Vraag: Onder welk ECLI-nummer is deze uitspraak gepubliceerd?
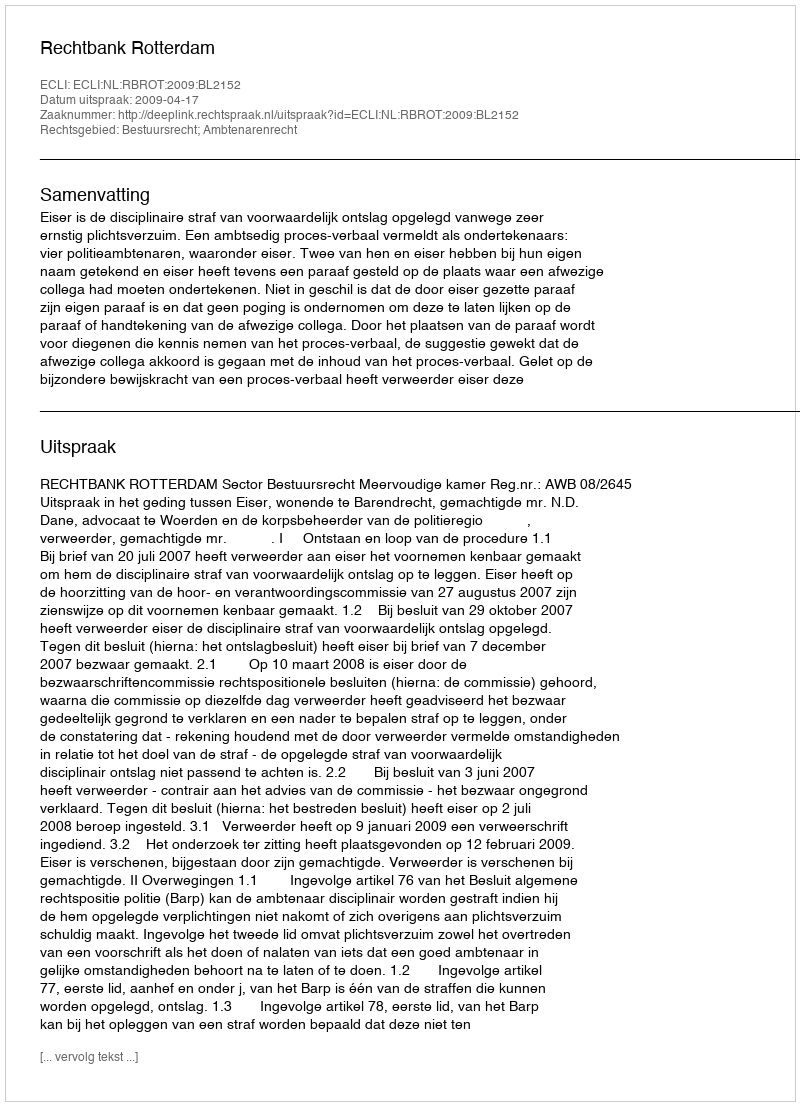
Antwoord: ECLI:NL:RBROT:2009:BL2152